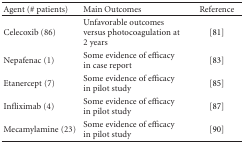
<table><thead><tr><td><b>Agent (# patients)</b></td><td><b>Main Outcomes</b></td><td><b>Reference</b></td></tr></thead><tbody><tr><td>Celecoxib (86)</td><td>Unfavorable outcomes versus photocoagulation at 2 years</td><td>[81]</td></tr><tr><td>Nepafenac (1)</td><td>Some evidence of efficacy in case report</td><td>[83]</td></tr><tr><td>Etanercept (7)</td><td>Some evidence of efficacy in pilot study</td><td>[85]</td></tr><tr><td>Infliximab (4)</td><td>Some evidence of efficacy in pilot study</td><td>[87]</td></tr><tr><td>Mecamylamine (23)</td><td>Some evidence of efficacy in pilot study</td><td>[90]</td></tr></tbody></table>